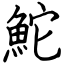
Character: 鮀